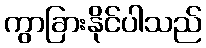
ကွာခြားနိုင်ပါသည်